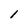
Character: l